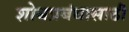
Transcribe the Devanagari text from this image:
शोधप्रबंधासाठी